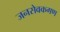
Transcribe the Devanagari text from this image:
जनसेवकगण